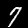
Digit: 7